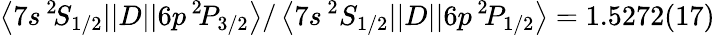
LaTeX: \left\langle 7s\, ^{2}\! S_{1/2}||D||6p\, ^{2}\! P_{3/2}\right\rangle/\left\langle 7s\, ^{2}S_{1/2}||D||6p\, ^{2}\! P_{1/2}\right\rangle=1.5272(17)